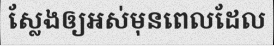
ស្លែងឲ្យអស់មុនពេលដែល